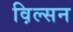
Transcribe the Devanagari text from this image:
व़िल्सन